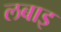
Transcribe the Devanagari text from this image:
लबाइ